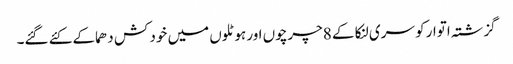
گزشتہ اتوار کو سری لنکا کے 8چرچوں اور ہوٹلوں میں خود کش دھماکے کئے گئے۔